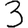
Digit: 3